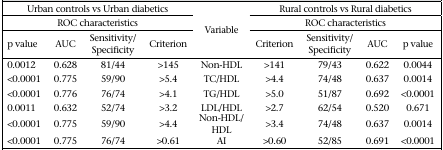
<table><thead><tr><td colspan="4"><b>Urban controls vs Urban diabetics</b></td><td rowspan="3"><b>Variable</b></td><td colspan="4"><b>Rural controls vs Rural diabetics</b></td></tr><tr><td colspan="4"><b>ROC characteristics</b></td><td colspan="4"><b>ROC characteristics</b></td></tr><tr><td><b>p value</b></td><td><b>AUC</b></td><td><b>Sensitivity/ Specificity</b></td><td><b>Criterion</b></td><td><b>Criterion</b></td><td><b>Sensitivity/ Specificity</b></td><td><b>AUC</b></td><td><b>p value</b></td></tr></thead><tbody><tr><td>0.0012</td><td>0.628</td><td>81/44</td><td>&gt;145</td><td>Non-HDL</td><td>&gt;141</td><td>79/43</td><td>0.622</td><td>0.0044</td></tr><tr><td>&lt;0.0001</td><td>0.775</td><td>59/90</td><td>&gt;5.4</td><td>TC/HDL</td><td>&gt;4.4</td><td>74/48</td><td>0.637</td><td>0.0014</td></tr><tr><td>&lt;0.0001</td><td>0.776</td><td>76/74</td><td>&gt;4.1</td><td>TG/HDL</td><td>&gt;5.0</td><td>51/87</td><td>0.692</td><td>&lt;0.0001</td></tr><tr><td>0.0011</td><td>0.632</td><td>52/74</td><td>&gt;3.2</td><td>LDL/HDL</td><td>&gt;2.7</td><td>62/54</td><td>0.520</td><td>0.671</td></tr><tr><td>&lt;0.0001</td><td>0.775</td><td>59/90</td><td>&gt;4.4</td><td>Non-HDL/HDL</td><td>&gt;3.4</td><td>74/48</td><td>0.637</td><td>0.0014</td></tr><tr><td>&lt;0.0001</td><td>0.775</td><td>76/74</td><td>&gt;0.61</td><td>AI</td><td>&gt;0.60</td><td>52/85</td><td>0.691</td><td>&lt;0.0001</td></tr></tbody></table>